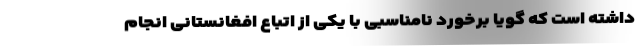
داشته است که گویا برخورد نامناسبی با یکی از اتباع افغانستانی انجام